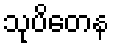
သုပိတေန